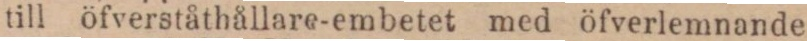
till öfverståthållare-embetet med öfverlemnande